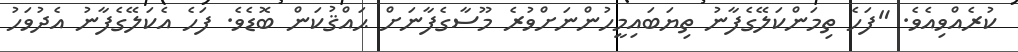
ކުރެއްވިއެވެ. "ފަހެ ތިމަންކަލޭގެފާނު ތިޔަބައިމީހުންނަށްވުރެ މޫސާގެފާނަށް ޙައްޤުކަން ބޮޑެވެ. ފަހެ އެކަލޭގެފާނު އެދުވަހު